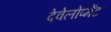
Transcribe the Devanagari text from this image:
देवेलोप्मेंट